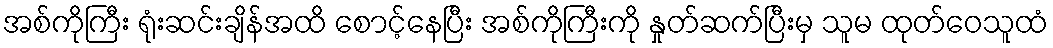
အစ်ကိုကြီး ရုံးဆင်းချိန်အထိ စောင့်နေပြီး အစ်ကိုကြီးကို နှုတ်ဆက်ပြီးမှ သူမ ထုတ်ဝေသူထံ